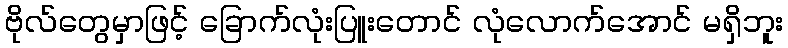
ဗိုလ်တွေမှာဖြင့် ခြောက်လုံးပြူးတောင် လုံလောက်အောင် မရှိဘူး